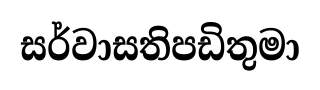
සර්වාසතිපඩිතුමා